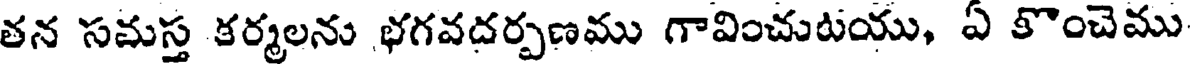
తన సమస్త కర్మలను భగవదర్పణము గావించుటయు, ఏ కొంచెము